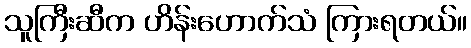
သူကြီးဆီက ဟိန်းဟောက်သံ ကြားရတယ်။